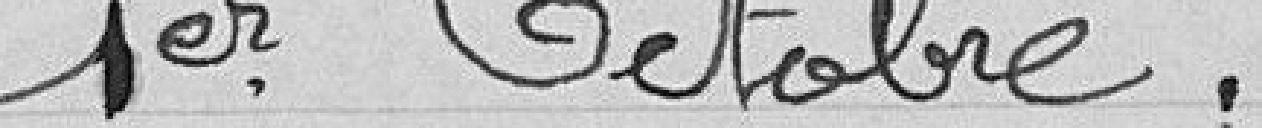
1er Octobre.